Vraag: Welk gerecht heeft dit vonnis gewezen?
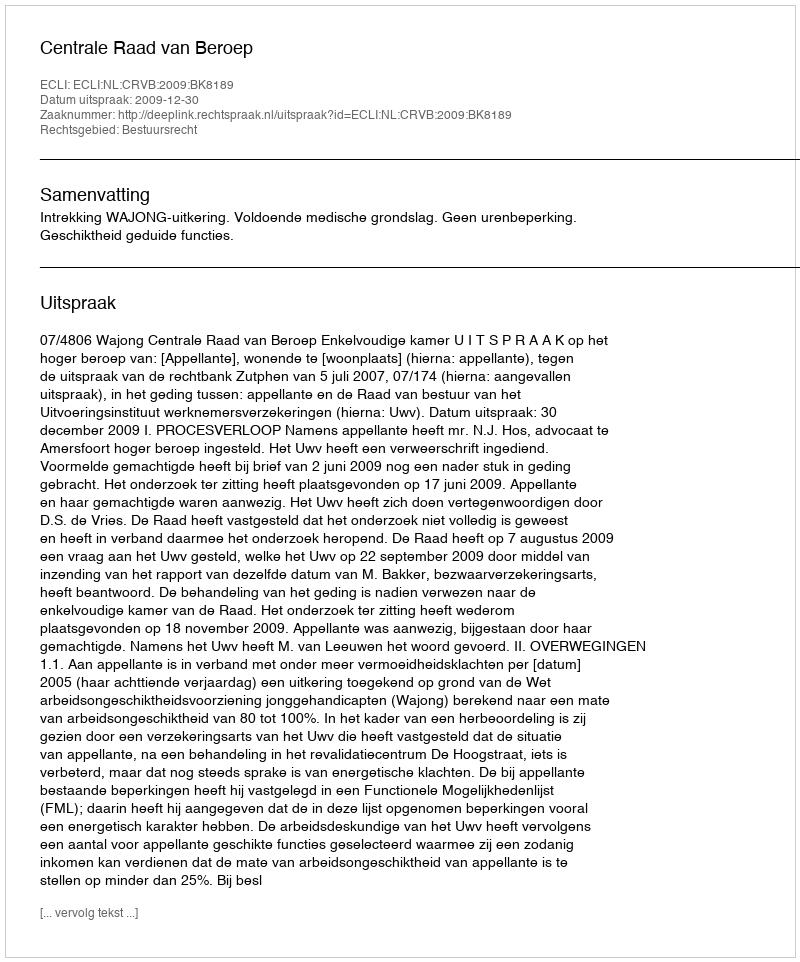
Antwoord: Centrale Raad van Beroep